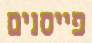
פייסנים